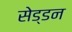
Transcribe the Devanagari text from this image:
सेड्डन